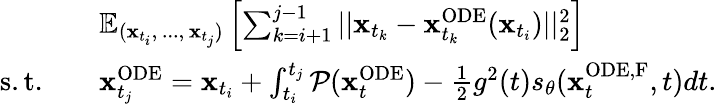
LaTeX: \begin{array}{rl}&{\mathbb{E}_{(\mathbf{x}_{t_{i}},\, ...,\, \mathbf{x}_{t_{j}})}\left[\sum_{k=i+1}^{j-1}||\mathbf{x}_{t_{k}}-\mathbf{x}_{t_{k}}^{\mathrm{ODE}}(\mathbf{x}_{t_{i}})||_{2}^{2}\right]}\\ {\mathrm{s.t.}\quad}&{\mathbf{x}_{t_{j}}^{\mathrm{ODE}}=\mathbf{x}_{t_{i}}+\int_{t_{i}}^{t_{j}}\mathcal{P}(\mathbf{x}_{t}^{\mathrm{ODE}})-\frac{1}{2}g^{2}(t)s_{\theta}(\mathbf{x}_{t}^{\mathrm{ODE,F}},t)dt.}\end{array}